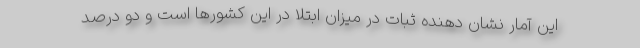
این آمار نشان دهنده ثبات در میزان ابتلا در این کشورها است و دو درصد